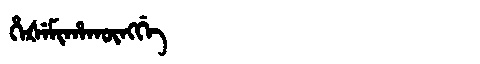
Manchu: ᡥᡝᡧᡝᠮᡳᡥᠠᡴᡡᠩᡤᡝ
Romanization: HEŠEMIHAKŪNGGE